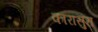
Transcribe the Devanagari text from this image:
कारासुरा